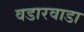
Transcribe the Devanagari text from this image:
वडारवाडा